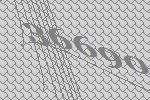
36690